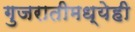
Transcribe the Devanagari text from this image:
गुजरातीमध्येही